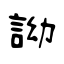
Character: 詏